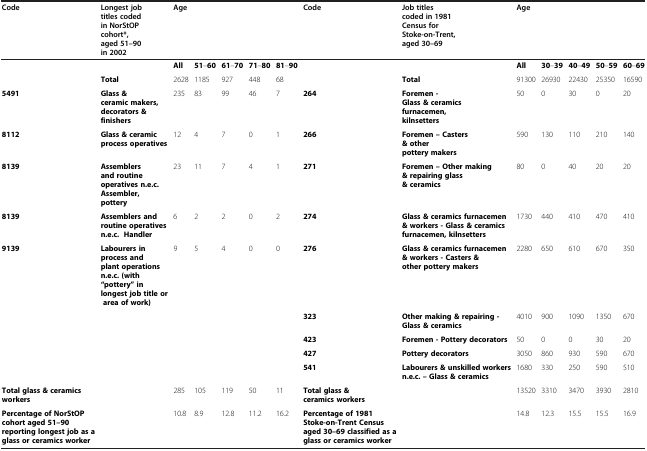
<table><thead><tr><td><b>Code</b></td><td><b>Longest job titles coded in NorStOP cohort*, aged 51–90 in 2002</b></td><td colspan="5"><b>Age</b></td><td><b>Code</b></td><td><b>Job titles coded in 1981 Census for Stoke-on-Trent, aged 30–69</b></td><td colspan="5"><b>Age</b></td></tr></thead><tbody><tr><td> </td><td> </td><td><b>All</b></td><td><b>51</b>–<b>60</b></td><td><b>61</b>–<b>70</b></td><td><b>71</b>–<b>80</b></td><td><b>81</b>–<b>90</b></td><td> </td><td> </td><td><b>All</b></td><td><b>30</b>–<b>39</b></td><td><b>40</b>–<b>49</b></td><td><b>50</b>–<b>59</b></td><td><b>60</b>–<b>69</b></td></tr><tr><td> </td><td><b>Total</b></td><td>2628</td><td>1185</td><td>927</td><td>448</td><td>68</td><td> </td><td><b>Total</b></td><td>91300</td><td>26930</td><td>22430</td><td>25350</td><td>16590</td></tr><tr><td><b>5491</b></td><td><b>Glass &amp; ceramic makers, decorators &amp; finishers</b></td><td>235</td><td>83</td><td>99</td><td>46</td><td>7</td><td><b>264</b></td><td><b>Foremen - Glass &amp; ceramics furnacemen, kilnsetters</b></td><td>50</td><td>0</td><td>30</td><td>0</td><td>20</td></tr><tr><td><b>8112</b></td><td><b>Glass &amp; ceramic process operatives</b></td><td>12</td><td>4</td><td>7</td><td>0</td><td>1</td><td><b>266</b></td><td><b>Foremen – Casters &amp; other pottery makers</b></td><td>590</td><td>130</td><td>110</td><td>210</td><td>140</td></tr><tr><td><b>8139</b></td><td><b>Assemblers and routine operatives n.e.c. Assembler, pottery</b></td><td>23</td><td>11</td><td>7</td><td>4</td><td>1</td><td><b>271</b></td><td><b>Foremen – Other making &amp; repairing glass &amp; ceramics</b></td><td>80</td><td>0</td><td>40</td><td>20</td><td>20</td></tr><tr><td><b>8139</b></td><td><b>Assemblers and routine operatives n.e.c. Handler</b></td><td>6</td><td>2</td><td>2</td><td>0</td><td>2</td><td><b>274</b></td><td><b>Glass &amp; ceramics furnacemen &amp; workers - Glass &amp; ceramics furnacemen, kilnsetters</b></td><td>1730</td><td>440</td><td>410</td><td>470</td><td>410</td></tr><tr><td><b>9139</b></td><td><b>Labourers in process and plant operations n.e.c. (with “pottery” in longest job title or area of work)</b></td><td>9</td><td>5</td><td>4</td><td>0</td><td>0</td><td><b>276</b></td><td><b>Glass &amp; ceramics furnacemen &amp; workers - Casters &amp; other pottery makers</b></td><td>2280</td><td>650</td><td>610</td><td>670</td><td>350</td></tr><tr><td> </td><td> </td><td> </td><td> </td><td> </td><td> </td><td> </td><td><b>323</b></td><td><b>Other making &amp; repairing - Glass &amp; ceramics</b></td><td>4010</td><td>900</td><td>1090</td><td>1350</td><td>670</td></tr><tr><td> </td><td> </td><td> </td><td> </td><td> </td><td> </td><td> </td><td><b>423</b></td><td><b>Foremen - Pottery decorators</b></td><td>50</td><td>0</td><td>0</td><td>30</td><td>20</td></tr><tr><td> </td><td> </td><td> </td><td> </td><td> </td><td> </td><td> </td><td><b>427</b></td><td><b>Pottery decorators</b></td><td>3050</td><td>860</td><td>930</td><td>590</td><td>670</td></tr><tr><td> </td><td> </td><td> </td><td> </td><td> </td><td> </td><td> </td><td><b>541</b></td><td><b>Labourers &amp; unskilled workers n.e.c. – Glass &amp; ceramics</b></td><td>1680</td><td>330</td><td>250</td><td>590</td><td>510</td></tr><tr><td><b>Total glass &amp; ceramics workers</b></td><td> </td><td>285</td><td>105</td><td>119</td><td>50</td><td>11</td><td><b>Total glass &amp; ceramics workers</b></td><td> </td><td>13520</td><td>3310</td><td>3470</td><td>3930</td><td>2810</td></tr><tr><td><b>Percentage of NorStOP cohort aged 51–90 reporting longest job as a glass or ceramics worker</b></td><td> </td><td>10.8</td><td>8.9</td><td>12.8</td><td>11.2</td><td>16.2</td><td><b>Percentage of 1981 Stoke-on-Trent Census aged 30–69 classified as a glass or ceramics worker</b></td><td> </td><td>14.8</td><td>12.3</td><td>15.5</td><td>15.5</td><td>16.9</td></tr></tbody></table>